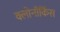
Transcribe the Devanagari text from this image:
क्लोनॉर्किस